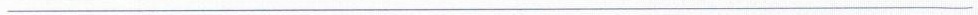
___